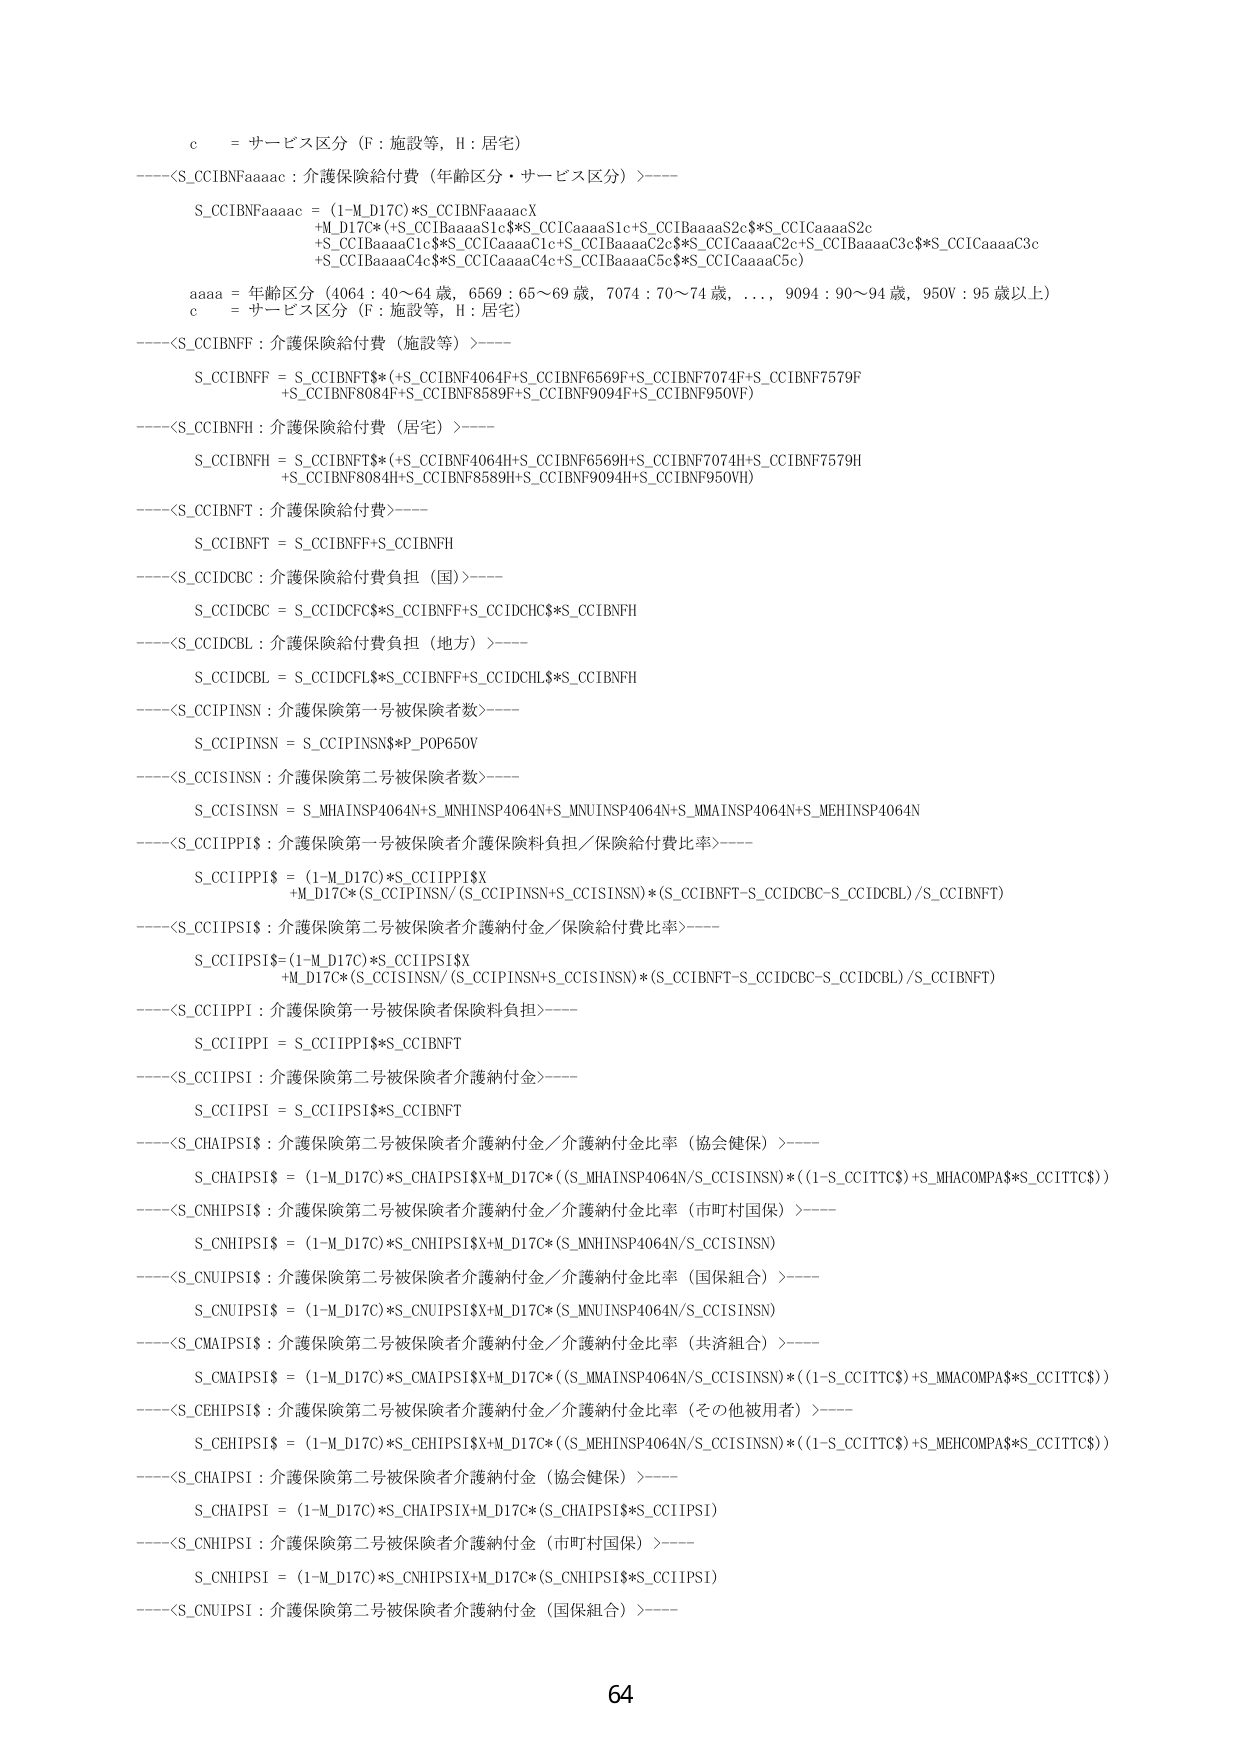
c = サービス区分（F：施設等，H：居宅）

----<S_CCIBNFaaaaac：介護保険給付費（年齢区分・サービス区分）>----
S_CCIBNFaaaaac = (1-M_D17C)*S_CCIBNFaaaaacX
+M_D17C*(+S_CCI1BaaaaS1c$*S_CCI1CaaaaS1c+S_CCI1BaaaaS2c$*S_CCI1CaaaaS2c
+S_CCI1BaaaaC1c$*S_CCI1CaaaaC1c+S_CCI1BaaaaC2c$*S_CCI1CaaaaC2c+S_CCI1BaaaaC3c$*S_CCI1CaaaaC3c
+S_CCI1BaaaaC4c$*S_CCI1CaaaaC4c+S_CCI1BaaaaC5c$*S_CCI1CaaaaC5c)

aaaa = 年齢区分（4064：40～64歳，6569：65～69歳，7074：70～74歳，...，9094：90～94歳，950V：95歳以上）
c = サービス区分（F：施設等，H：居宅）

----<S_CCIBNFF：介護保険給付費（施設等）>----
S_CCIBNFF = S_CCIBNFT$(+S_CCIBNF4064F+S_CCIBNF6569F+S_CCIBNF7074F+S_CCIBNF7579F
+S_CCIBNF8084F+S_CCIBNF8589F+S_CCIBNF9094F+S_CCIBNF950V)

----<S_CCIBNFH：介護保険給付費（居宅）>----
S_CCIBNFH = S_CCIBNFT$(+S_CCIBNF4064H+S_CCIBNF6569H+S_CCIBNF7074H+S_CCIBNF7579H
+S_CCIBNF8084H+S_CCIBNF8589H+S_CCIBNF9094H+S_CCIBNF950VH)

----<S_CCIBNFT：介護保険給付費>----
S_CCIBNFT = S_CCIBNFF+S_CCIBNFH

----<S_CCIDCBC：介護保険給付費負担（国）>----
S_CCIDCBC = S_CCIDCFCS*S_CCIBNFF+S_CCIDCHCS*S_CCIBNFH

----<S_CCIDCBL：介護保険給付費負担（地方）>----
S_CCIDCBL = S_CCIDCFL$*S_CCIBNFF+S_CCIDCHL$*S_CCIBNFH

----<S_CCIPINSN：介護保険第一号被保険者数>----
S_CCIPINSN = S_CCIPINSN$*P_POP650V

----<S_CCISINSN：介護保険第二号被保険者数>----
S_CCISINSN = S_MHAINSP4064N+S_MNHINSP4064N+S_MNUINSP4064N+S_MMAINSP4064N+S_MEHINSP4064N

----<S_CCI1PP1$：介護保険第一号被保険者介護保険料負担／保険給付費比率>----
S_CCI1PP1$ = (1-M_D17C)*S_CCI1PP1$X
+M_D17C*(S_CCIPINSN/(S_CCIPINSN+S_CCISINSN)*(S_CCIBNFT-S_CCIDCBC-S_CCIDCBL)/S_CCIBNFT)

----<S_CCI1PS1$：介護保険第二号被保険者介護納付金／保険給付費比率>----
S_CCI1PS1$ = (1-M_D17C)*S_CCI1PS1$X
+M_D17C*(S_CCISINSN/(S_CCIPINSN+S_CCISINSN)*(S_CCIBNFT-S_CCIDCBC-S_CCIDCBL)/S_CCIBNFT)

----<S_CCI1PPI：介護保険第一号被保険者保険料負担>----
S_CCI1PPI = S_CCI1PP1$*S_CCIBNFT

----<S_CCI1PSI：介護保険第二号被保険者介護納付金>----
S_CCI1PSI = S_CCI1PS1$*S_CCIBNFT

----<S_CHAIPS1$：介護保険第二号被保険者介護納付金／介護納付金比率（協会健保）>----
S_CHAIPS1$ = (1-M_D17C)*S_CHAIPS1$X+M_D17C*((S_MHAINSP4064N/S_CCISINSN)*((1-S_CCITTC$)+S_MHACOMPA$*S_CCITTC$))

----<S_CNHIPS1$：介護保険第二号被保険者介護納付金／介護納付金比率（市町村国保）>----
S_CNHIPS1$ = (1-M_D17C)*S_CNHIPS1$X+M_D17C*(S_MNHINSP4064N/S_CCISINSN)

----<S_CNUIPS1$：介護保険第二号被保険者介護納付金／介護納付金比率（国保組合）>----
S_CNUIPS1$ = (1-M_D17C)*S_CNUIPS1$X+M_D17C*(S_MNUINSP4064N/S_CCISINSN)

----<S_CMAIPS1$：介護保険第二号被保険者介護納付金／介護納付金比率（共済組合）>----
S_CMAIPS1$ = (1-M_D17C)*S_CMAIPS1$X+M_D17C*((S_MMAINSP4064N/S_CCISINSN)*((1-S_CCITTC$)+S_MMACOMPA$*S_CCITTC$))

----<S_CEHIPS1$：介護保険第二号被保険者介護納付金／介護納付金比率（その他被用者）>----
S_CEHIPS1$ = (1-M_D17C)*S_CEHIPS1$X+M_D17C*((S_MEHINSP4064N/S_CCISINSN)*((1-S_CCITTC$)+S_MEHCOMPA$*S_CCITTC$))

----<S_CHAIPSI：介護保険第二号被保険者介護納付金（協会健保）>----
S_CHAIPSI = (1-M_D17C)*S_CHAIPSIX+M_D17C*(S_CHAIPS1$*S_CCI1PSI)

----<S_CNHIPSI：介護保険第二号被保険者介護納付金（市町村国保）>----
S_CNHIPSI = (1-M_D17C)*S_CNHIPSIX+M_D17C*(S_CNHIPS1$*S_CCI1PSI)

----<S_CNUIPSI：介護保険第二号被保険者介護納付金（国保組合）>----

64